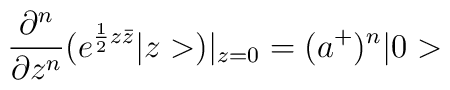
\frac{\partial^n}{\partial z^n}(e^{\frac{1}{2}z\bar{z}}|z>)|_{z=0}=(a^+)^n|0>